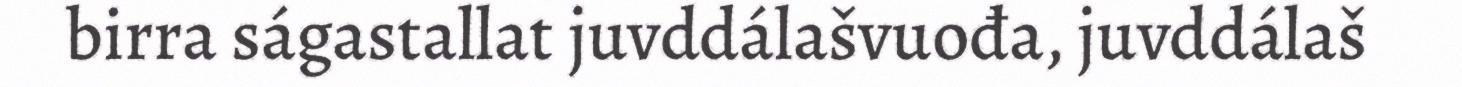
birra ságastallat juvddálašvuođa, juvddálaš